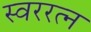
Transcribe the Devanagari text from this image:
स्वररत्न